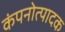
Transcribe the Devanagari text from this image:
कंपनोत्पादक